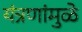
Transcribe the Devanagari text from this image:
यंत्रणांमुळे